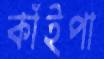
কাঁইপা